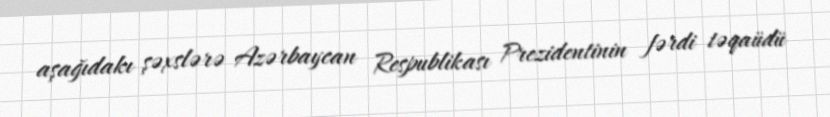
aşağıdakı şəxslərə Azərbaycan Respublikası Prezidentinin fərdi təqaüdü